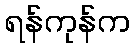
ရန်ကုန်က